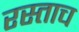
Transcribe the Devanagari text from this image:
रस्ताच